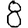
Digit: 8